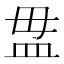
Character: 𥁉